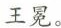
王冕，